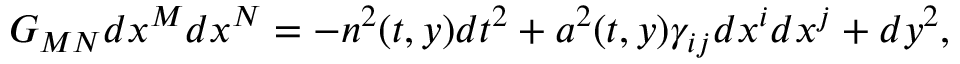
G _ { M N } d x ^ { M } d x ^ { N } = - n ^ { 2 } ( t , y ) d t ^ { 2 } + a ^ { 2 } ( t , y ) \gamma _ { i j } d x ^ { i } d x ^ { j } + d y ^ { 2 } ,